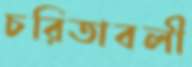
চরিতাবলী